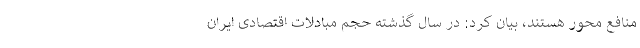
منافع محور هستند، بیان کرد: در سال گذشته حجم مبادلات اقتصادی ایران